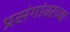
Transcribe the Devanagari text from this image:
प्रसंगांवरच्या